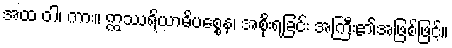
အထ ဝါ၊ ကား။ ဣဿရိယာဓိပစ္စေန၊ အစိုးရခြင်း အကြီး၏အဖြစ်ဖြင့်။